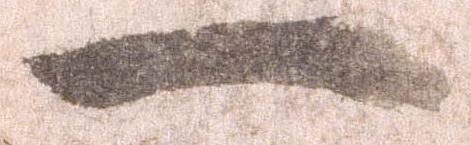
一